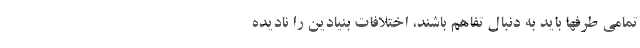
تمامی طرفها باید به دنبال تفاهم باشند، اختلافات بنیادین را نادیده